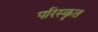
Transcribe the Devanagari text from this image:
परिस्‍कृत